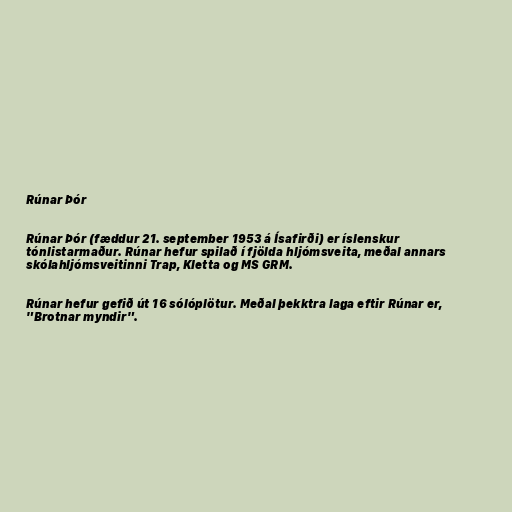
Rúnar Þór

Rúnar Þór (fæddur 21. september 1953 á Ísafirði) er íslenskur
tónlistarmaður. Rúnar hefur spilað í fjölda hljómsveita, meðal annars
skólahljómsveitinni Trap, Kletta og MS GRM.

Rúnar hefur gefið út 16 sólóplötur. Meðal þekktra laga eftir Rúnar er,
"Brotnar myndir".